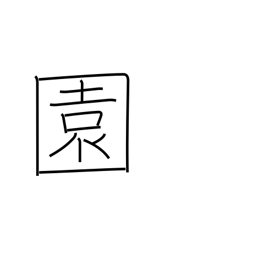
Meaning: garden